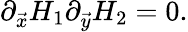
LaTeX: \partial_{\vec{x}}H_{1}\partial_{\vec{y}}H_{2}=0.